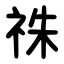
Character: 祩